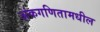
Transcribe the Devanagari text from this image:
अंकगणितामधील